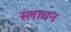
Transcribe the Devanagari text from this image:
स्लावन